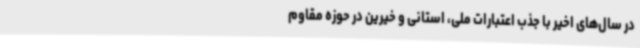
در سال‌های اخیر با جذب اعتبارات ملی، استانی و خیرین در حوزه مقاوم